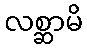
လစ္ဆာမိ